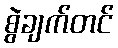
စွဲချက်တင်